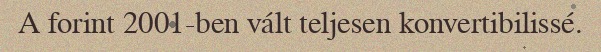
A forint 2001-ben vált teljesen konvertibilissé.